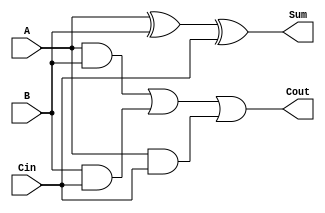
`timescale 1ns / 1ps
//////////////////////////////////////////////////////////////////////////////////
//////////////////////////////////////////////////////////////////////////////////
// Company: Student
// 
// Design Name: Full Adder 
// Module Name: full_adder 
// Project Name: Adders
//////////////////////////////////////////////////////////////////////////////////
module full_adder(
    input A,
    input B,
    input Cin,
    output Sum,
    output Cout
    );

xor (W1, A,B);
xor (Sum, W1, Cin);

and (W2, A,B);
and (W3, B,Cin);
and (W4, A,Cin);
or (Cout, W2,W3,W4);

endmodule